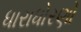
ધારાધોરણો